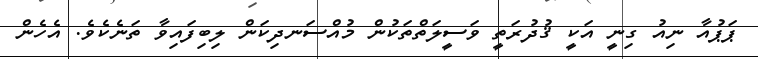
ޕަޕުއާ ނިއު ގިނީ އަކީ ޤުދުރަތީ ވަސީލަތްތަކުން މުއްސަނދިކަން ލިބިފައިވާ ތަނެކެވެ. އެހެން